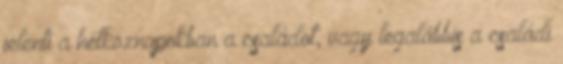
jelenti a hétköznapokban a családot, vagy legalábbis a családi